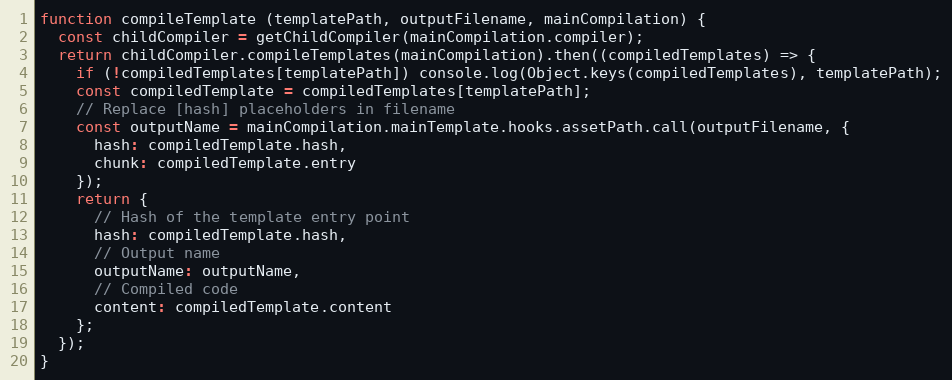
Language: JavaScript
function compileTemplate (templatePath, outputFilename, mainCompilation) {
  const childCompiler = getChildCompiler(mainCompilation.compiler);
  return childCompiler.compileTemplates(mainCompilation).then((compiledTemplates) => {
    if (!compiledTemplates[templatePath]) console.log(Object.keys(compiledTemplates), templatePath);
    const compiledTemplate = compiledTemplates[templatePath];
    // Replace [hash] placeholders in filename
    const outputName = mainCompilation.mainTemplate.hooks.assetPath.call(outputFilename, {
      hash: compiledTemplate.hash,
      chunk: compiledTemplate.entry
    });
    return {
      // Hash of the template entry point
      hash: compiledTemplate.hash,
      // Output name
      outputName: outputName,
      // Compiled code
      content: compiledTemplate.content
    };
  });
}